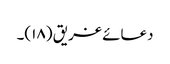
دعائے غریق (۱۸)۔